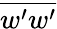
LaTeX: \overline{{w^{\prime}w^{\prime}}}